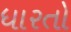
ધારતો